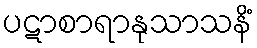
ပဋာစာရာနုသာသနိံ